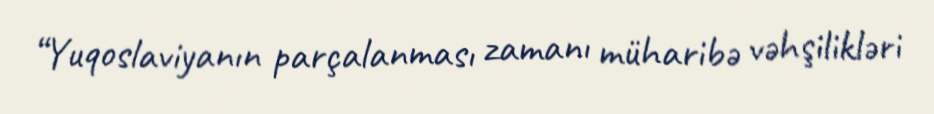
“Yuqoslaviyanın parçalanması zamanı müharibə vəhşilikləri